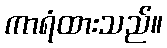
ကာရံထားသည်။